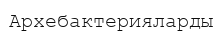
Архебактерияларды